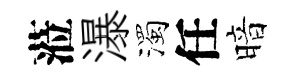
蒞瀑濁任暗